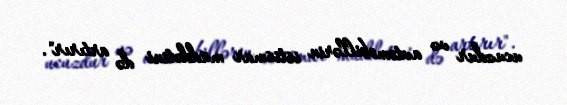
ucuzdur və avtomobillərin istismar müddətini də artırır".